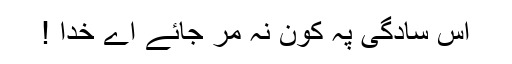
اس سادگی پہ کون نہ مر جائے اے خدا !